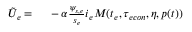
\begin{array} { r l } { \tilde { U } _ { e } = } & { { } \ - \alpha \frac { \psi _ { s , e } } { s _ { e } } i _ { e } M ( t _ { e } , { \tau _ { e c o n } } , \eta , p ( t ) ) } \end{array}